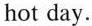
hot day.